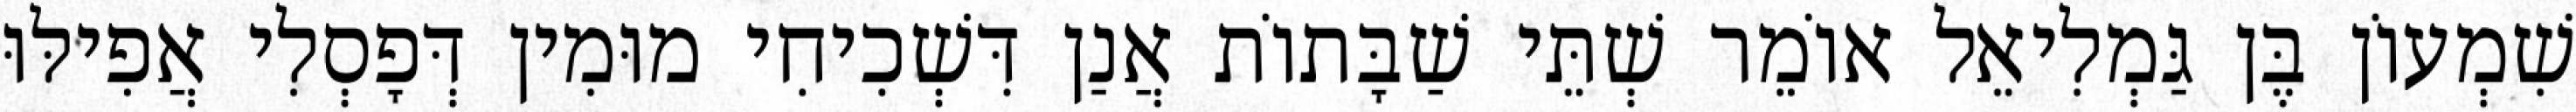
שִׁמְעוֹן בֶּן גַּמְלִיאֵל אוֹמֵר שְׁתֵּי שַׁבָּתוֹת אֲנַן דִּשְׁכִיחִי מוּמִין דְּפָסְלִי אֲפִילּוּ